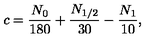
c = \frac { N _ { 0 } } { 1 8 0 } + \frac { N _ { 1 / 2 } } { 3 0 } - \frac { N _ { 1 } } { 1 0 } ,